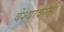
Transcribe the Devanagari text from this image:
वेश्यावस्ती